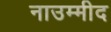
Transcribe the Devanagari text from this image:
नाउम्मीद